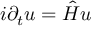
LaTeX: i \partial _ { t } u = { \hat { H } } u